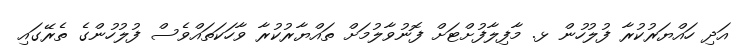
އަދި ހައްޔަރުކުރާ ފުލުހުން ޅ. މާފިލާފުށްޓަށް ފޮނުވާލުމަށް ތައްޔާރުކުރާ ވާހަކަތައްވެސް ފުލުުހުންގެ ތެރޭގައި